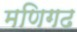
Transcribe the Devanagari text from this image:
मणिगढ